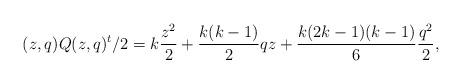
LaTeX: \begin{gather*}(z,q) Q (z,q)^t/2 = k\frac{z^2}{2} + \frac{k(k-1)}{2} qz +\frac{k(2k-1)(k-1)}{6} \frac{q^2}{2},\end{gather*}